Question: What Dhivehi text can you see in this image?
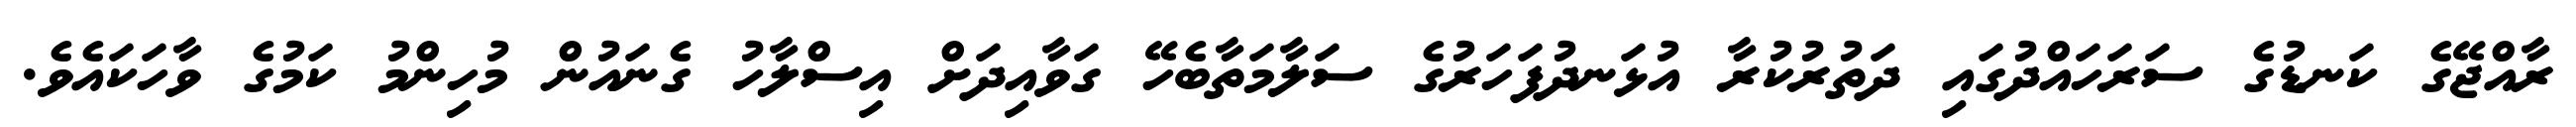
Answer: ރާއްޖޭގެ ކަނޑުގެ ސަރަހައްދުގައި ދަތުރުކުރާ އުޅަނދުފަހަރުގެ ސަލާމަތާބެހޭ ގަވާއިދަށް އިސްލާހު ގެނައުން މުހިންމު ކަމުގެ ވާހަކައެވެ.